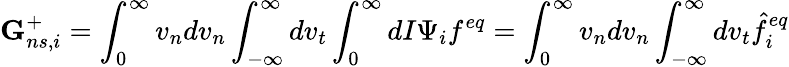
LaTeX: \textbf{G}_{ns,i}^{+}=\int_{0}^{\infty}v_{n}dv_{n}\int_{-\infty}^{\infty}dv_{t}\int_{0}^{\infty}dI\Psi_{i}f^{eq}=\int_{0}^{\infty}v_{n}dv_{n}\int_{-\infty}^{\infty}dv_{t}\hat{f}_{i}^{eq}